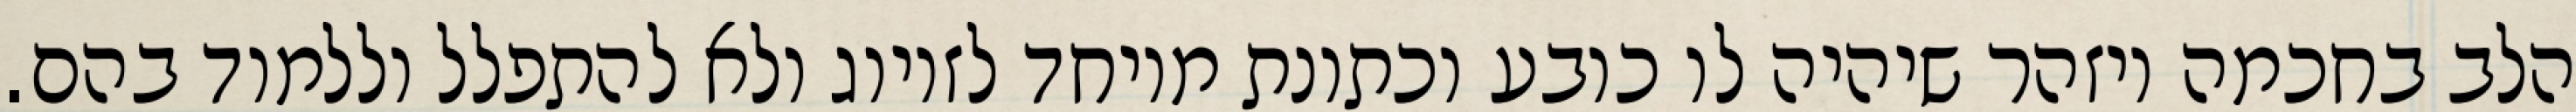
הלב בחכמה ויזהר שיהיה לו כובע וכתונת מיוחד לזיווג ולא להתפלל וללמוד בהם.